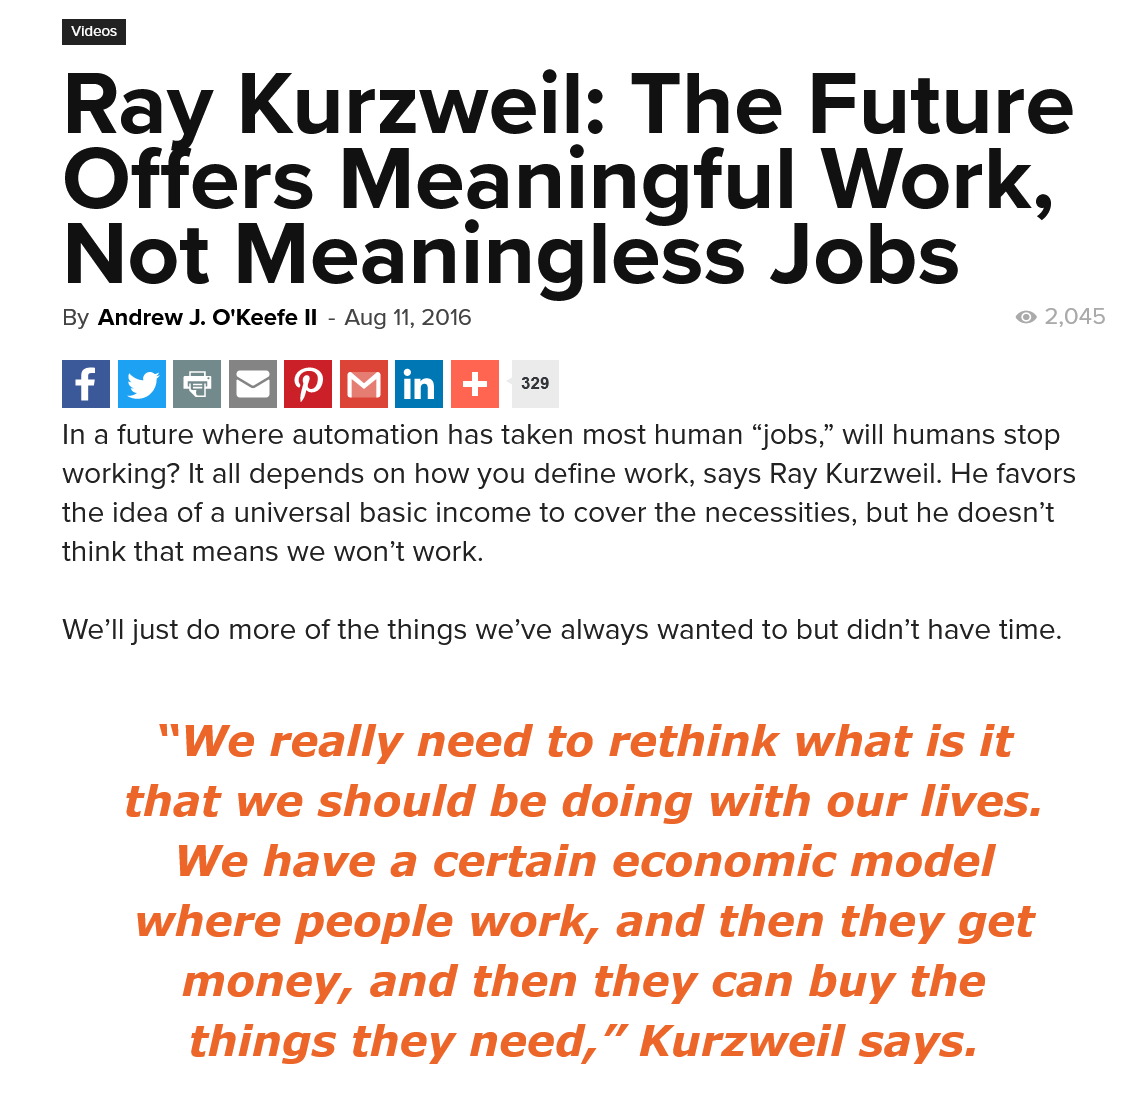
“We really    need    to  rethink    what  is    it
     that   we   should    be   doing    with    our lives.
     We    have a    certain    economic    model
     where    people    work,    and    then    they   get
     money,    and    then    they    can   buy   the
     things    they    need,”    Kurzweil    says.
     We'll just do more of the things we’ve always wanted to but didn’t have time.
     In a future where automation has taken most human “jobs,” will humans stop
     working? It all depends on how you define work, says Ray Kurzweil. He favors
     the idea of a universal basic income to cover the necessities, but he doesn’t
     think that means we won’t work.
     Ray    Kurzweil:    The    Future
     Offers    Meaningful    Work,
     Not    Meaningless    Jobs
     By Andrew J. O'Keefe II
     -
     Aug 11, 2016    2,045
     Videos
     329